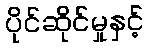
ပိုင်ဆိုင်မှုနှင့်